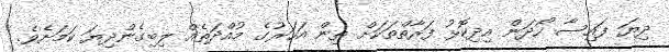
ދިޔަ ފައިސާ ހޯދަން އިދިކޮޅު ފަރާތްތަކަށް ތިން އަހަރުގެ މުއްދަތެއް ލިބިގެންދިޔަ ކަމަށެވެ.